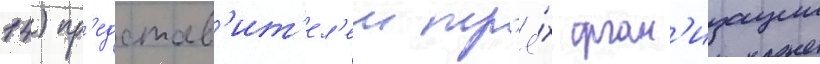
14) пр'едстав'ит'ел'еи тр'ё́х орган'изации